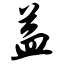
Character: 益